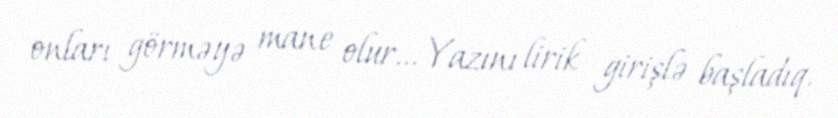
onları görməyə mane olur... Yazını lirik girişlə başladıq.